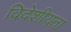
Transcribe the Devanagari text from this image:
विदेशीयता